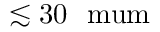
\lesssim 3 0 ~ \mathrm { \ m u m }